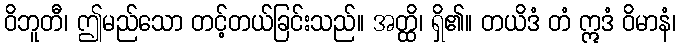
ဝိဘူတီ၊ ဤမည်သော တင့်တယ်ခြင်းသည်။ အတ္ထိ၊ ရှိ၏။ တယိဒံ တံ ဣဒံ ဝိမာနံ၊